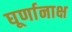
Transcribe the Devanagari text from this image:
घूर्णानाक्ष